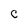
Character: C